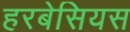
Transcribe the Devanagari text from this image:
हरबेसियस